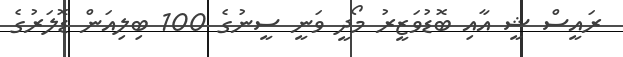
ރައީސް ޝީ އާއި ބޮޑުވަޒީރު މޯދީ ވަނީ ސީނުގެ 100 ބިލިއަން ޑޮލަރުގެ